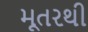
મૂતરથી